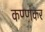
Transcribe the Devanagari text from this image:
कण्णंकर